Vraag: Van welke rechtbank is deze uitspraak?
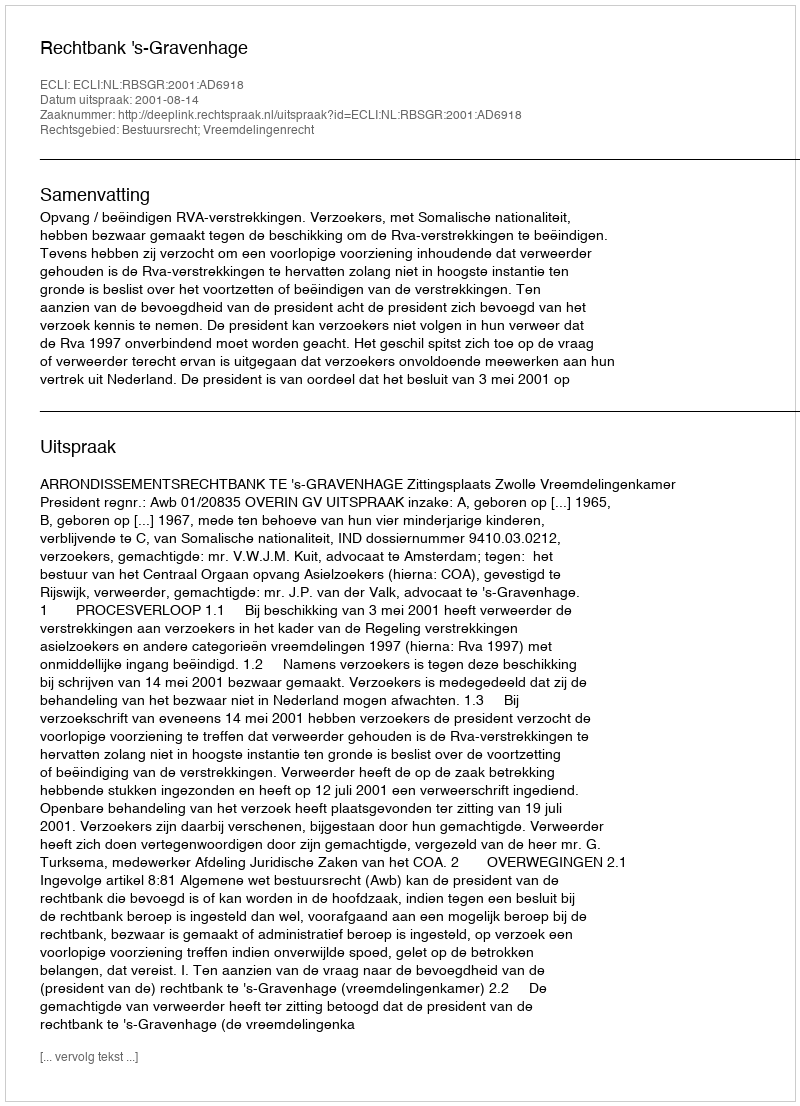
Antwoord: Rechtbank 's-Gravenhage